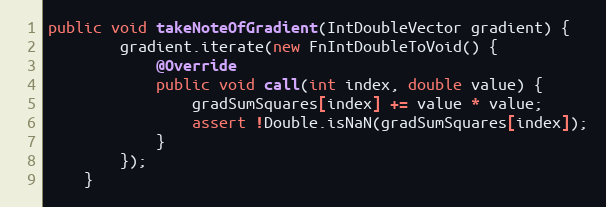
Language: Java
public void takeNoteOfGradient(IntDoubleVector gradient) {
        gradient.iterate(new FnIntDoubleToVoid() {
            @Override
            public void call(int index, double value) {
                gradSumSquares[index] += value * value;
                assert !Double.isNaN(gradSumSquares[index]);
            }
        });
    }